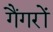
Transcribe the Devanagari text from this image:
गैंगरों